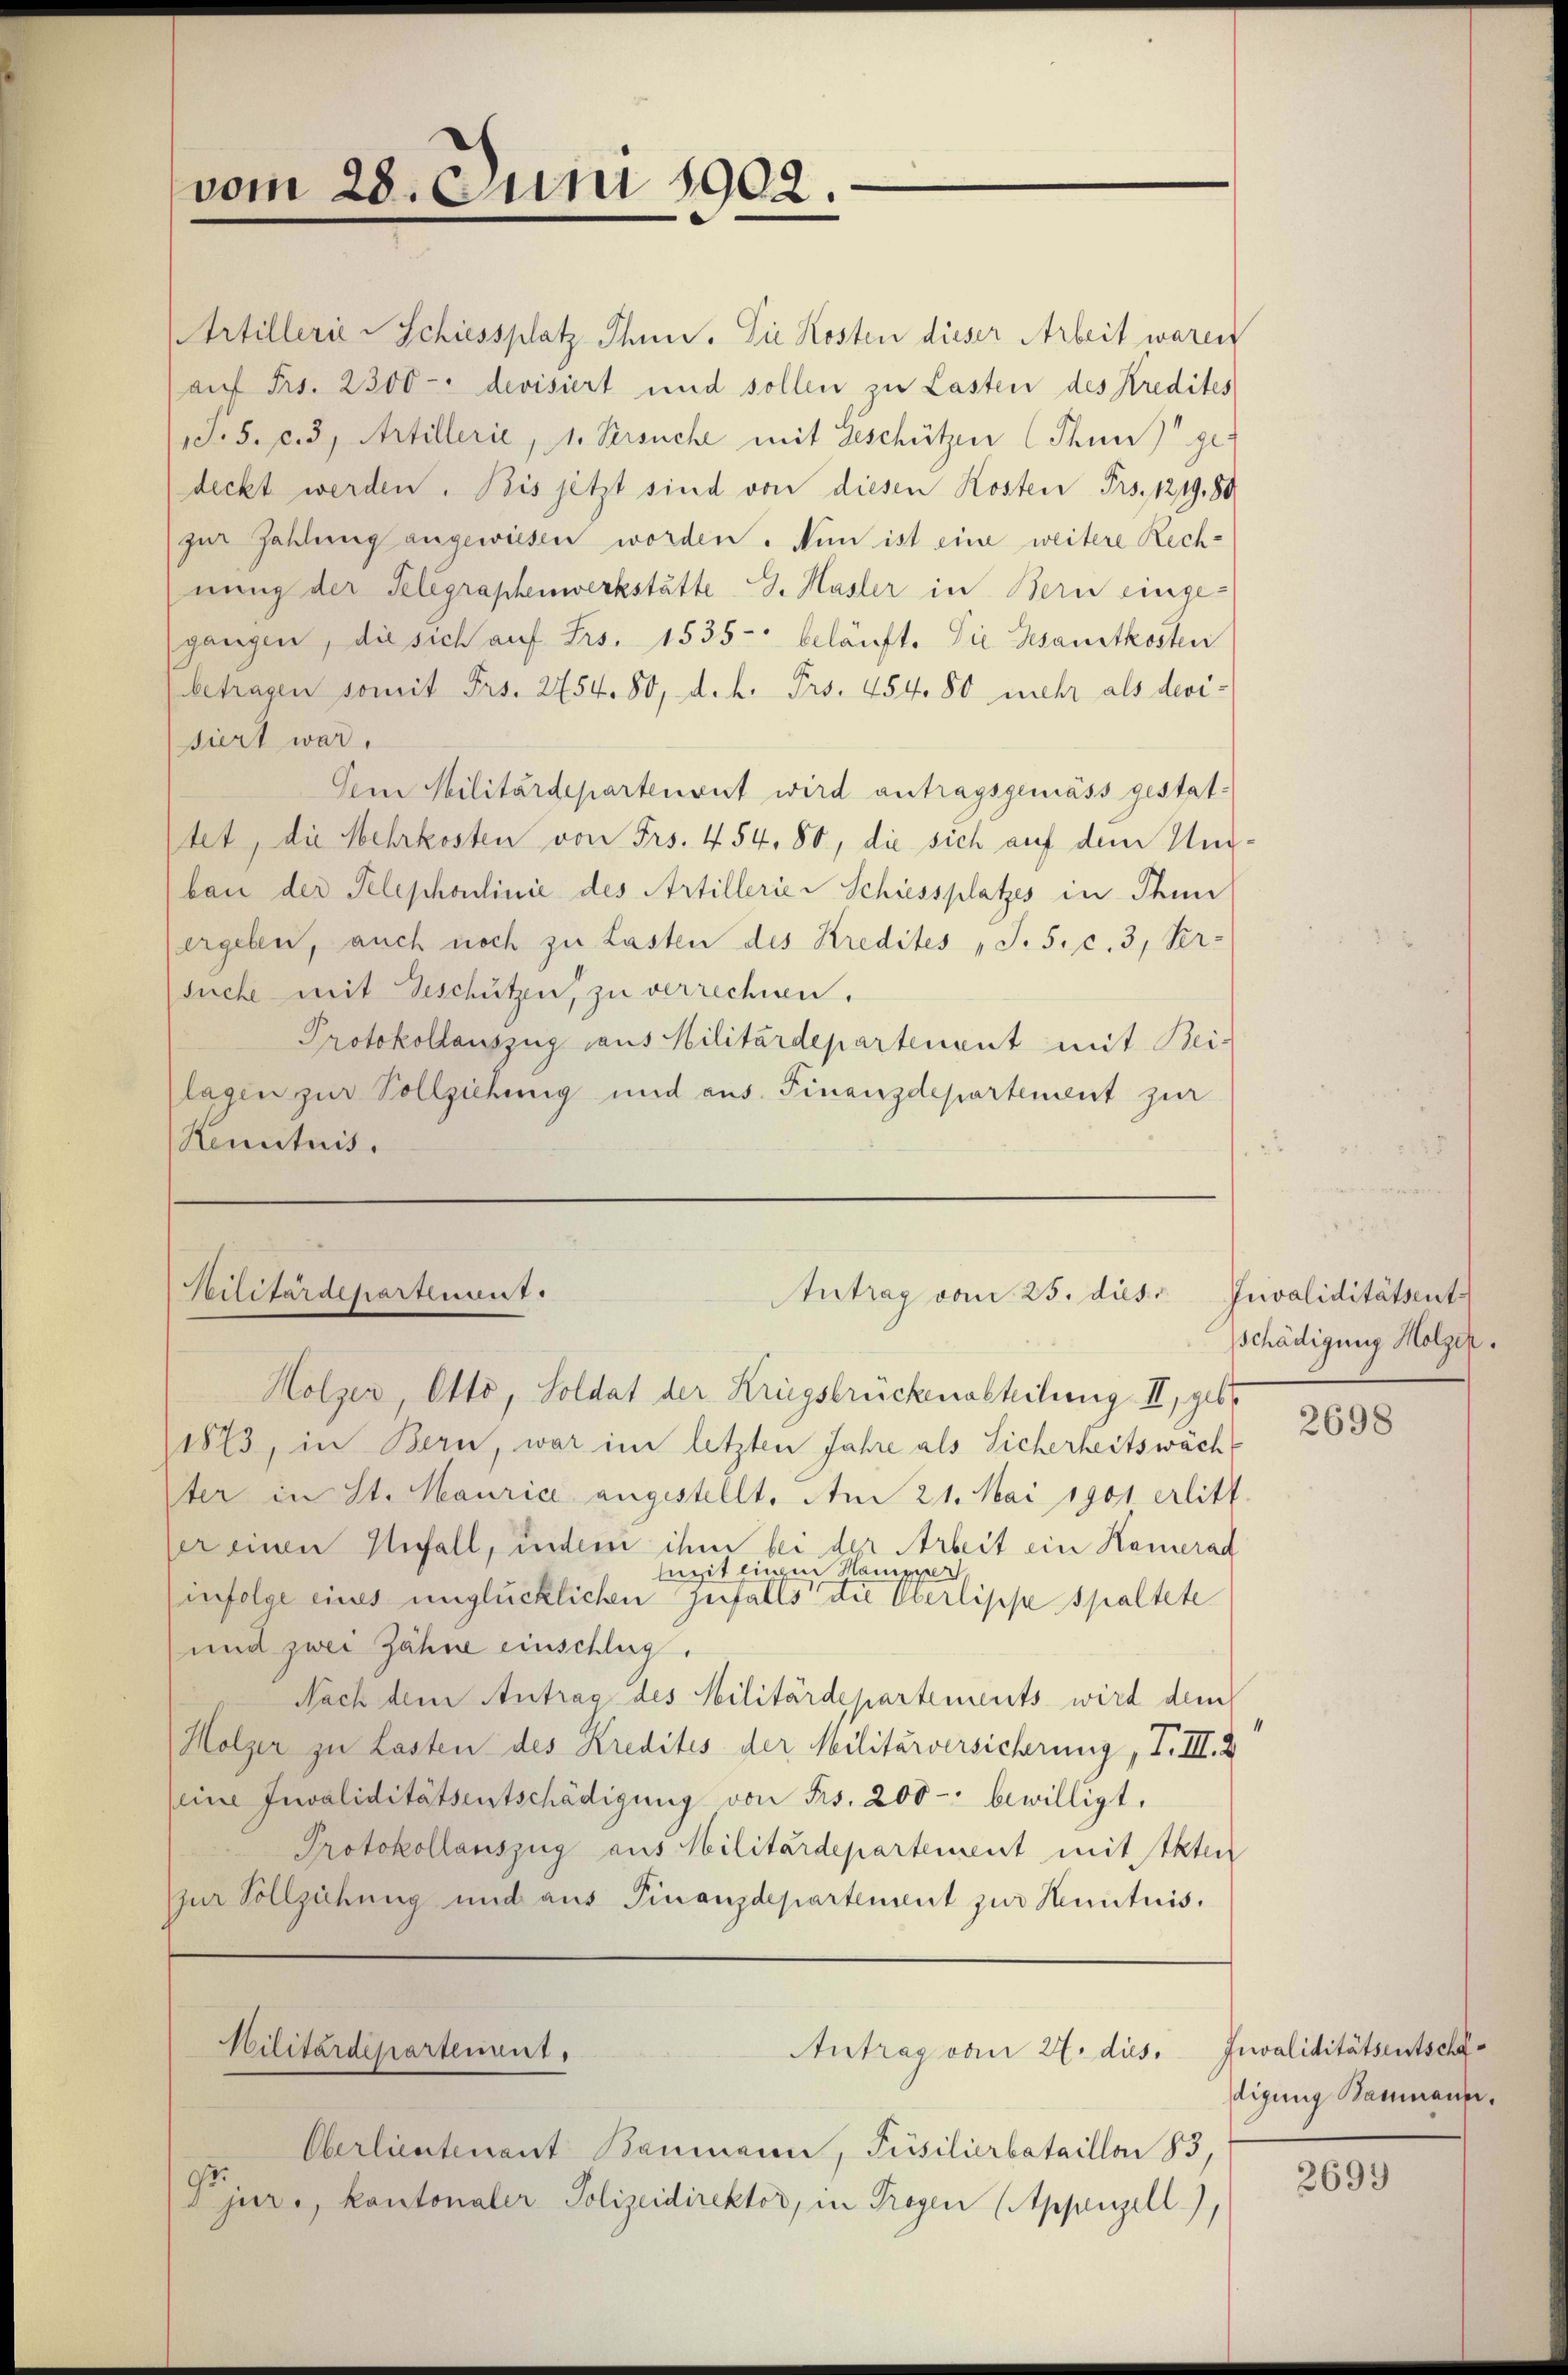
vom 28. Juni 1902.

Artillerie - Schiessplatz Thun. Die Kosten dieser Arbeit waren
auf Frs. 2300 - devisiert und sollen zu Lasten des Kredites
S.S. c. 3, Artillerie, 1. Versuche mit Geschützen (Thun gedeckt werden. Bis jetzt sind von diesen Kosten Frs. 1219. 80
zur Zahlung angewiesen worden. Nun ist eine weitere Rech-
nung der Telegraphenwerkstätte G. Hasler in Bern einge-
gangen, die sich auf Frs. 1535 - beläuft. Die Gesamtkosten
betragen somit Frs. 2754. 80, d. h. Pro. 454. 80 mehr als devi-
siert war.
Dem Militärdepartenvert wird antragsgemäss gestattet, die Mehrkosten von Frs. 454, 80, die sich auf dem Unbau der Telephoulinie des Artillerier Schiessplatzes in Ihm
ergeben, auch noch zu Lasten des Kredites, S.S. c. 3, Ver-
suche mit Geschützen, zu verrechnen.
Protokollauszug aus Militärdepartenant mit Bei-
lagen zur Vollziehung und aus. Finanzdepartement zur
Renntnis.

Militärdepartement.
Antrag vom 25. dies
Holzer, Otto, Soldat der Kriegsbrückenabteilung II, gebr

Militärdepartement.

Oberlieutenant Baumann, Püsilierbataillon 83,
.
jur., kantonaler Polizeidirektor, in Trogen (Appenzell),

Antrag vom 27. dus. Invaliditätsentscha

Invaliditätsent.
Schädigung Holzer.

1873, in Bern, war im letzten Jahre als Sicherheitswäch
ter in St. Mauria angestellt. Am 21. Mai 1901 erlitt.
er einen Unfall, indem ihm bei der Arbeit ein Hamerad
lugit eingen Hampper
infolge eines unglücklichen Zufalls die Überlippe spaltete
und zwei Zähne einschlug.
Nach dem Antrag des Militärdepartements wird dem
Holzer zu Lasten des Kredites der Militärversicherung, I. III. 2
eine Invaliditätsentschädigung von Frs. 200 -: bewilligt,
Protokollauszug aus Militärdepartement mit Akten
zur Vollziehung und aus Finanzdepartement zur Kenntnis,

2698

digung Baumann.

2699